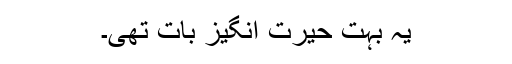
یہ بہت حیرت انگیز بات تھی۔